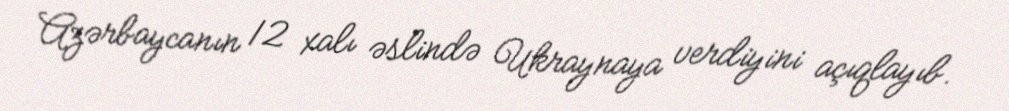
Azərbaycanın 12 xalı əslində Ukraynaya verdiyini açıqlayıb.